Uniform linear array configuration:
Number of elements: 12
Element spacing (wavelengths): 0.5
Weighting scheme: hamming
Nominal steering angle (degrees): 0
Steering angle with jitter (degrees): -0.2804
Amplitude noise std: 0.05
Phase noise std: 0.05

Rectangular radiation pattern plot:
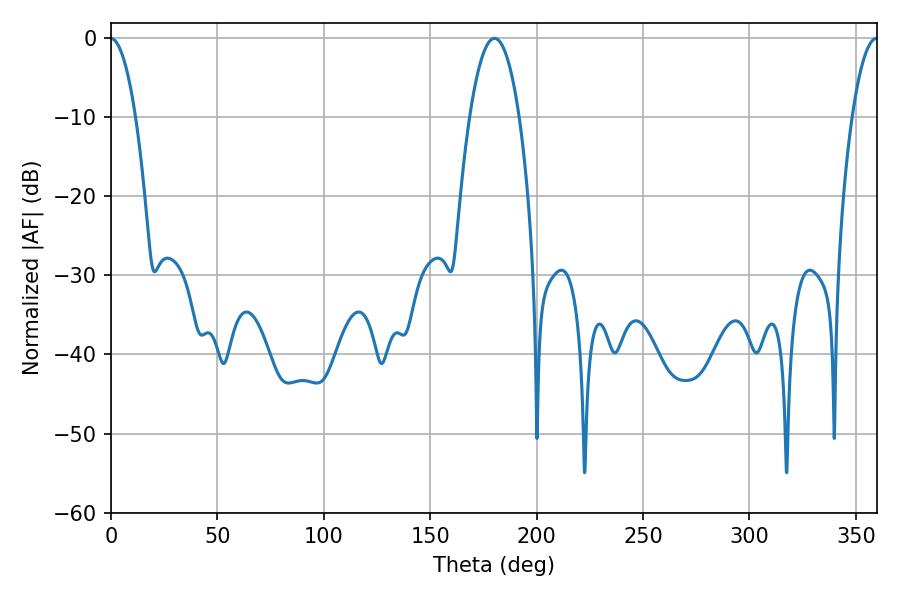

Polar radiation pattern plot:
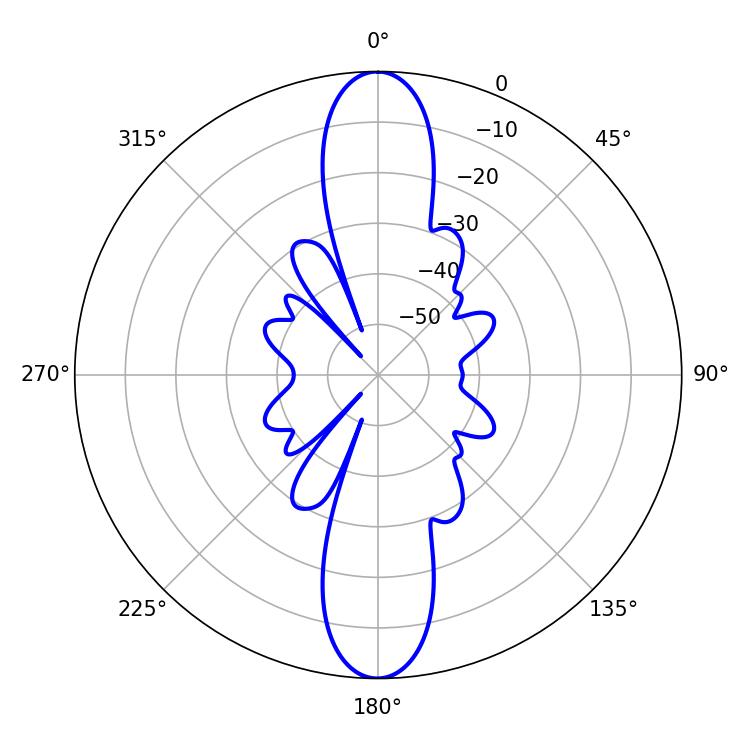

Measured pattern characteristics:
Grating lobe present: FALSE
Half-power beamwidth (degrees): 12.96
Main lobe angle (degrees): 180.18